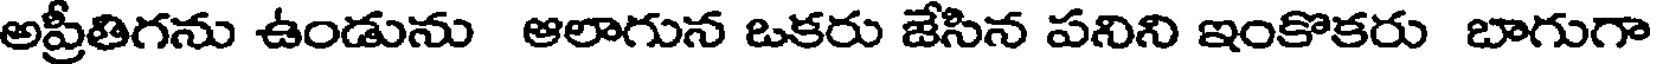
అప్రీతిగను ఉండును ఆలాగున ఒకరు జేసిన పనిని ఇంకొకరు బాగుగా